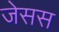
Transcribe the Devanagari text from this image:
जेसस